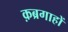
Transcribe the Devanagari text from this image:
क़ब्रगाहों